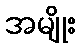
အမျိုး